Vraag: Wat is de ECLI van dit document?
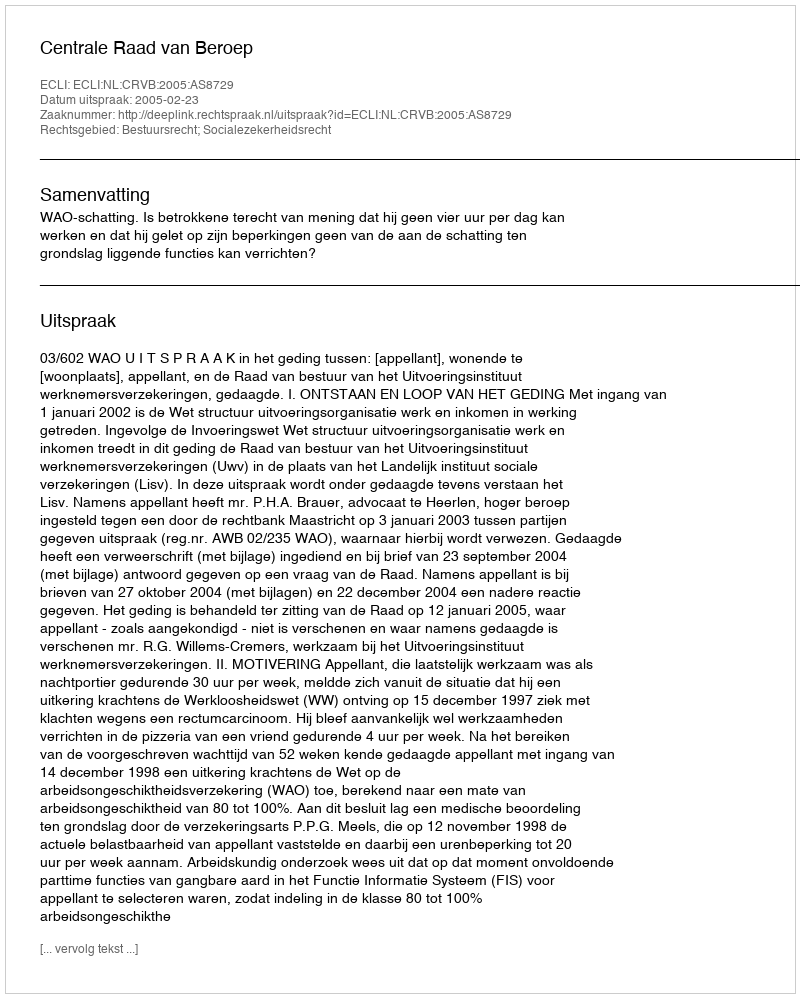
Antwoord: ECLI:NL:CRVB:2005:AS8729